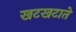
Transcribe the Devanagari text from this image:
खटखटाते